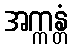
အက္ကန္တံ